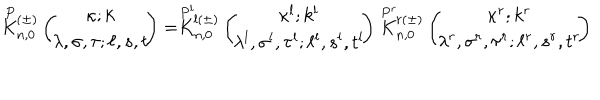
\stackrel { P } { K } { } \! \! _ { n , 0 } ^ { ( \pm ) } \left( \begin{array} { c } { { \! \! \kappa ; k \! \! } } \\ { { \! \! \lambda , \sigma , \tau ; \ell , s , t \! \! } } \\ \end{array} \right) = \stackrel { P ^ { l } } { K } { } \! \! _ { n , 0 } ^ { l ( \pm ) } \left( \begin{array} { c } { { \! \! \kappa ^ { l } ; k ^ { l } \! \! } } \\ { { \! \! \lambda ^ { l } , \sigma ^ { l } , \tau ^ { l } ; \ell ^ { l } , s ^ { l } , t ^ { l } \! \! } } \\ \end{array} \right) \stackrel { P ^ { r } } { K } { } \! \! _ { n , 0 } ^ { r ( \pm ) } \left( \begin{array} { c } { { \! \! \kappa ^ { r } ; k ^ { r } \! \! } } \\ { { \! \! \lambda ^ { r } , \sigma ^ { r } , \tau ^ { r } ; \ell ^ { r } , s ^ { r } , t ^ { r } \! \! } } \\ \end{array} \right)